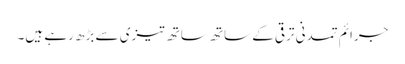
جرائم تمدنی ترقی کے ساتھ ساتھ تیزی سے بڑھ رہے ہیں۔